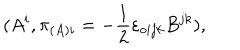
LaTeX: ( A ^ { i } , \pi _ { ( A ) i } = - \frac { 1 } { 2 } { \varepsilon } _ { o i j k } B ^ { j k } ) ,